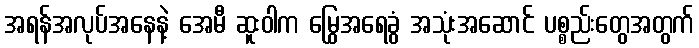
အရန်အလုပ်အနေနဲ့ အေမီ ဆူးဝါက မြွေအရေခွံ အသုံးအဆောင် ပစ္စည်းတွေအတွက်